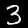
Digit: 3